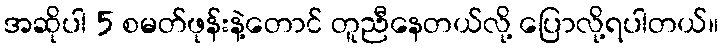
အဆိုပါ 5 စမတ်ဖုန်းနဲ့တောင် တူညီနေတယ်လို့ ပြောလို့ရပါတယ်။